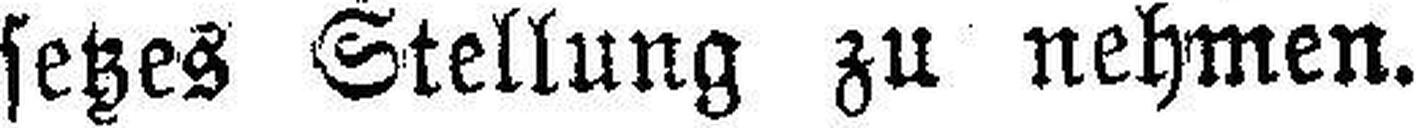
setzes Stellung zu nehmen.